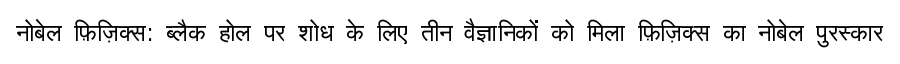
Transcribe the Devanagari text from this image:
नोबेल फ़िज़िक्स: ब्लैक होल पर शोध के लिए तीन वैज्ञानिकों को मिला फ़िज़िक्स का नोबेल पुरस्कार